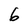
Character: 6